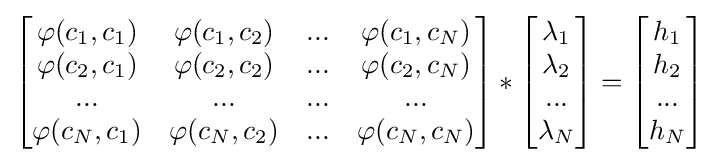
{\begin{bmatrix}\varphi (c_{1},c_{1})&\varphi (c_{1},c_{2})&...&\varphi (c_{1},c_{N})\\\varphi (c_{2},c_{1})&\varphi (c_{2},c_{2})&...&\varphi (c_{2},c_{N})\\...&...&...&...\\\varphi (c_{N},c_{1})&\varphi (c_{N},c_{2})&...&\varphi (c_{N},c_{N})\end{bmatrix}}*{\begin{bmatrix}\lambda _{1}\\\lambda _{2}\\...\\\lambda _{N}\end{bmatrix}}={\begin{bmatrix}h_{1}\\h_{2}\\...\\h_{N}\end{bmatrix}}